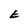
Character: E